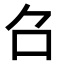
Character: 𠮥